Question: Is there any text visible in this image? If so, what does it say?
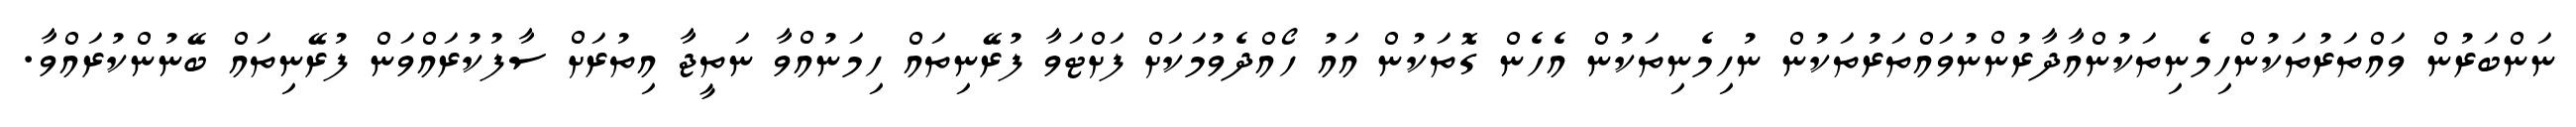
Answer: ނަންބަރުން ވައްތަރުތަކުންހިމެނިތަކުންއާދާރުންނުވައްތަރުތަކުން ނުހިމެނިތަކުން އެހެން ގޮތަކުން އައު ހޯއްދެވުމަކަށް ފަށްޓަވާ ފުރޭނިތައް ހިމަނުއްވާ ނަތީޖާ އިތުރަށް ސާފުކުރައްވަން ފުރޭނިތައް ބޭނުންކުރައްވާ.